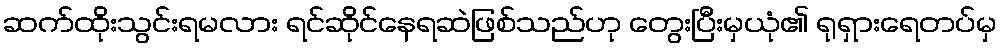
ဆက်ထိုးသွင်းရမလား ရင်ဆိုင်နေရဆဲဖြစ်သည်ဟု တွေးပြီးမှယုံ၏ ရုရှားရေတပ်မှ